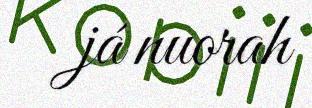
já nuorah